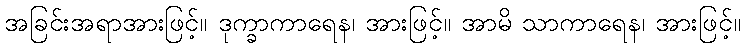
အခြင်းအရာအားဖြင့်။ ဒုက္ခာကာရေန၊ အားဖြင့်။ အာမိ သာကာရေန၊ အားဖြင့်။